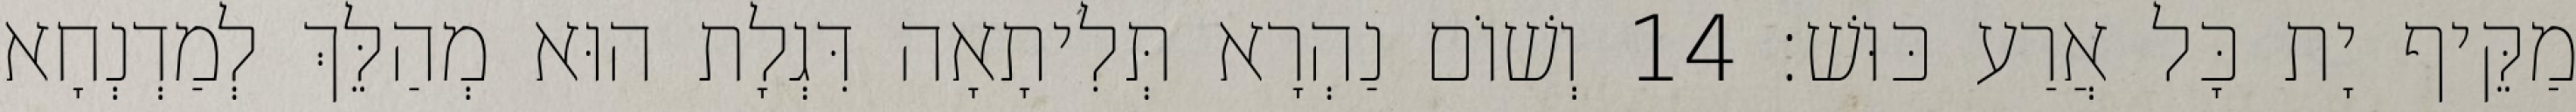
מַקֵּיף יָת כָּל אֲרַע כּוּשׁ׃ 14 וְשׁוֹם נַהְרָא תְּלִיתָאָה דִּגְלָת הוּא מְהַלֵּךְ לְמַדְנְחָא